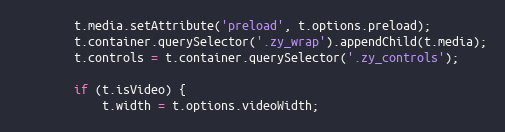
Language: JavaScript
		t.media.setAttribute('preload', t.options.preload);
		t.container.querySelector('.zy_wrap').appendChild(t.media);
		t.controls = t.container.querySelector('.zy_controls');

		if (t.isVideo) {
			t.width = t.options.videoWidth;